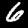
Label: 6